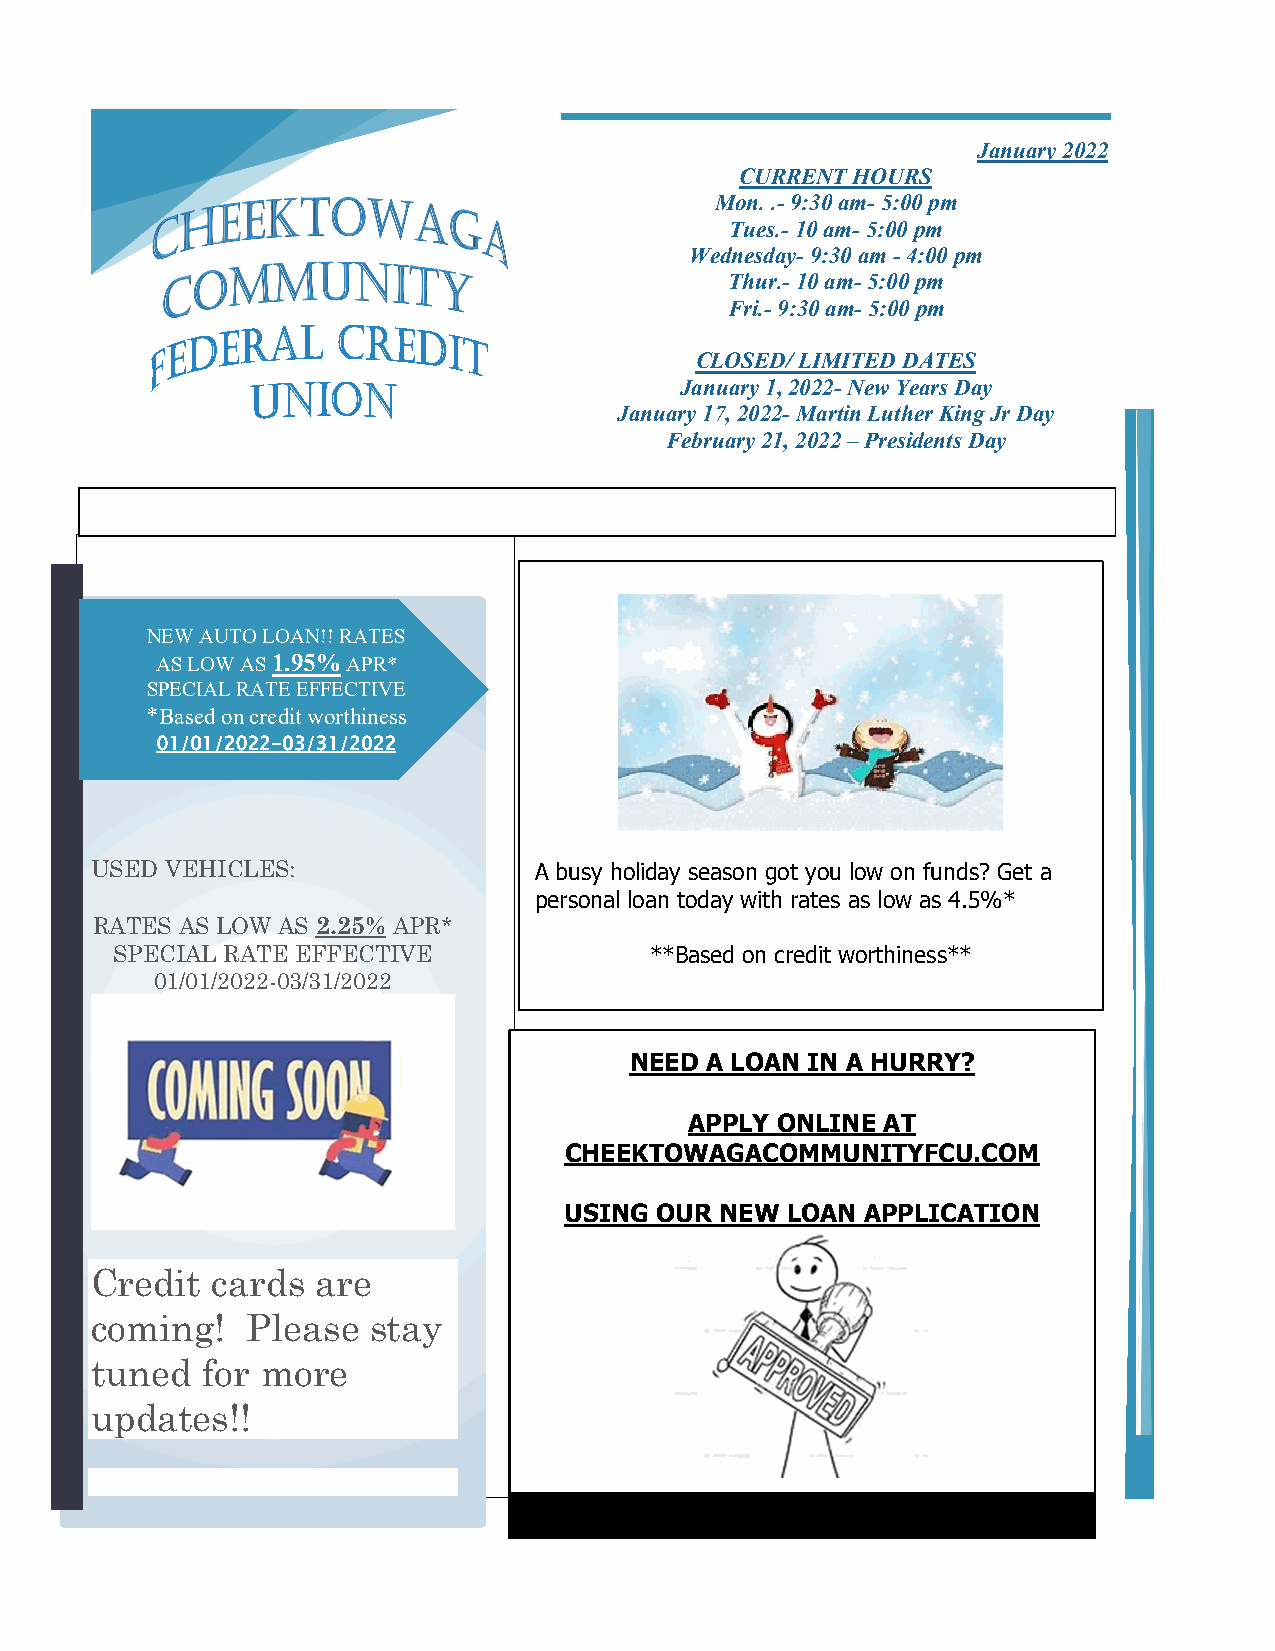
January 2022
 CURRENT HOURS
 Mon. .- 9:30 am- 5:00 pm
 Tues.- 10 am- 5:00 pm
 Wednesday- 9:30 am - 4:00 pm
 Thur.- 10 am- 5:00 pm
 Fri.- 9:30 am- 5:00 pm
 CLOSED/ LIMITED DATES
 January 1, 2022- New Years Day
 January 17, 2022- Martin Luther King Jr Day
 February 21, 2022 – Presidents Day
 NEW AUTO LOAN!! RATES
 AS LOW AS 1.95% APR*
 SPECIAL RATE EFFECTIVE
 *Based on credit worthiness
 01/01/2022-03/31/2022
 USED VEHICLES:               A busy holiday season got you low on funds? Get a
 personal loan today with rates as low as 4.5%*
 RATES AS LOW AS 2.25% APR*
 SPECIAL RATE EFFECTIVE              **Based on credit worthiness**
 01/01/2022-03/31/2022
 NEED A LOAN I N A HURRY?
 APPL Y ONLI NE AT
 CHE EKT O WAGACOM MUN IT YF CU.COM
 USING OUR  NEW LO AN APPLICATION
 Credit  cards  are
 coming!   Please  stay
 tuned  for more
 updates!!